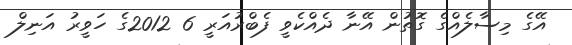
އޭގެ މިސާލެއްގެ ގޮތުން އޭނާ ދެއްކެވީ ފެބްރުއަރީ 6 2012ގެ ހަވީރު އަނިލް